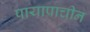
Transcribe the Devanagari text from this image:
पायाप्राचीन